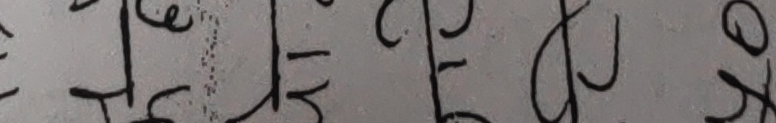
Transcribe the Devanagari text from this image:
टमवगजक्ष